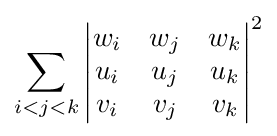
\sum _{i<j<k}{\begin{vmatrix}w_{i}&w_{j}&w_{k}\\u_{i}&u_{j}&u_{k}\\v_{i}&v_{j}&v_{k}\\\end{vmatrix}}^{2}